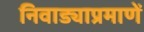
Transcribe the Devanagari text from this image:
निवाड्याप्रमाणें